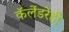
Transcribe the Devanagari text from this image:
कॅलेंडरेही